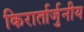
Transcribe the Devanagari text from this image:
किरार्तार्जुनीय